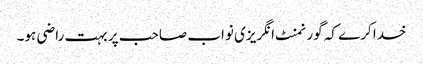
خدا کرے کہ گورنمنٹ انگریزی نواب صاحب پر بہت راضی ہو۔